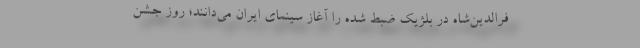
فرالدین‌شاه در بلژیک ضبط شده را آغاز سینمای ایران می‌دانند؛ روز جشن